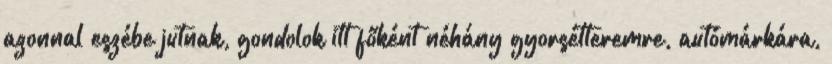
azonnal eszébe jutnak, gondolok itt főként néhány gyorsétteremre, autómárkára,